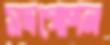
সদগোপন